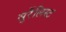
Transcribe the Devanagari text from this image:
सुर्रेलिस्ट